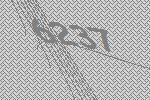
6237